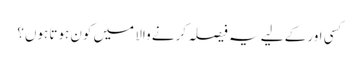
کسی اور کے لیے یہ فیصلہ کرنے والا میں کون ہوتا ہوں؟